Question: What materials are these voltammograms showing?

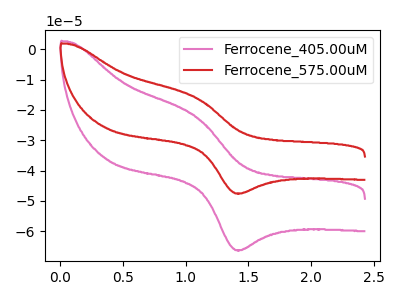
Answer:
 <answer>The pink curve is labeled "Ferrocene_405.00uM". The red curve is labeled "Ferrocene_575.00uM".</answer>
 <eval></eval>